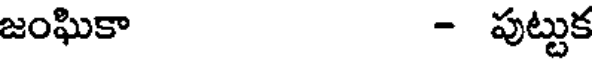
జంఘికా - పుట్టుక